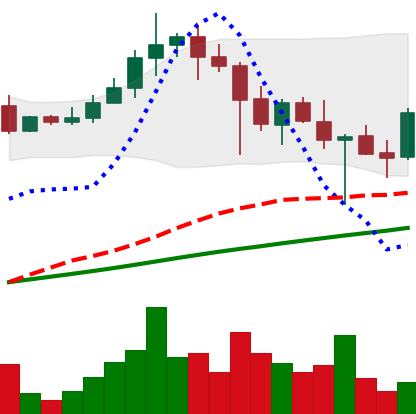
Ticker: ADA-USD
Chart end date: 2021-04-26
Forward return: 9.648%
Label: up_7plus